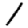
Digit: 1